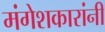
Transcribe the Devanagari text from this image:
मंगेशकारांनी